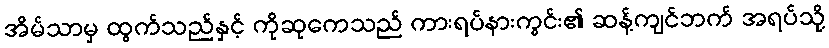
အိမ်သာမှ ထွက်သည်နှင့် ကိုဆုကေသည် ကားရပ်နားကွင်း၏ ဆန့်ကျင်ဘက် အရပ်သို့